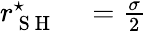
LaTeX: \begin{array}{rl}{r_{\mathrm{~S~H~}}^{\star}}&{{}=\frac{\sigma}{2}}\end{array}